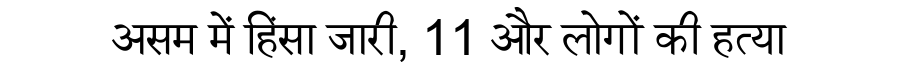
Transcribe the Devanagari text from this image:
असम में हिंसा जारी, 11 और लोगों की हत्या